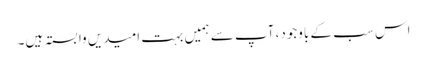
اس سب کے باوجود، آپ سے ہمیں بہت امیدیں وابستہ ہیں۔